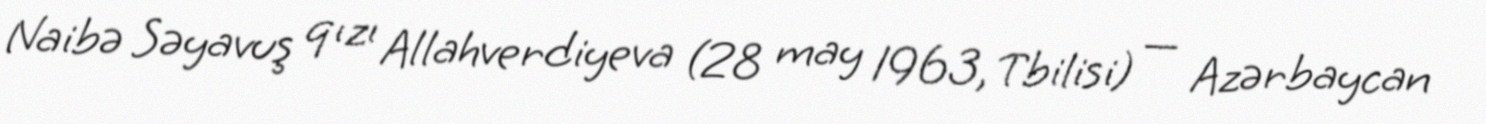
Naibə Səyavuş qızı Allahverdiyeva (28 may 1963, Tbilisi) — Azərbaycan